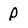
Character: P